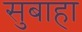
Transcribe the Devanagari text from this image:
सुबाहा